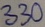
Text: 330